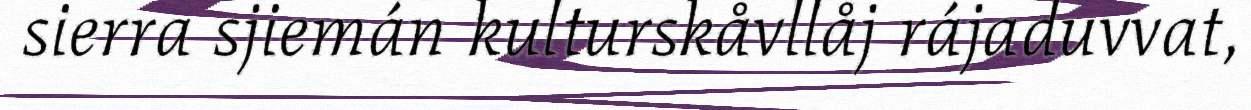
sierra sjiemán kulturskåvllåj rájaduvvat,